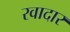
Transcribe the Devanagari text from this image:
रवादार